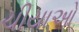
ચીયાઓ